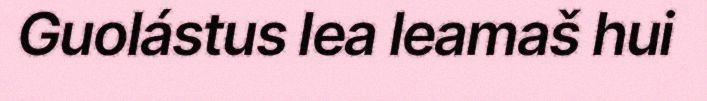
Guolástus lea leamaš hui